Indian journal of veterinary science and animal husbandry - Volume 4,
Year: 1934
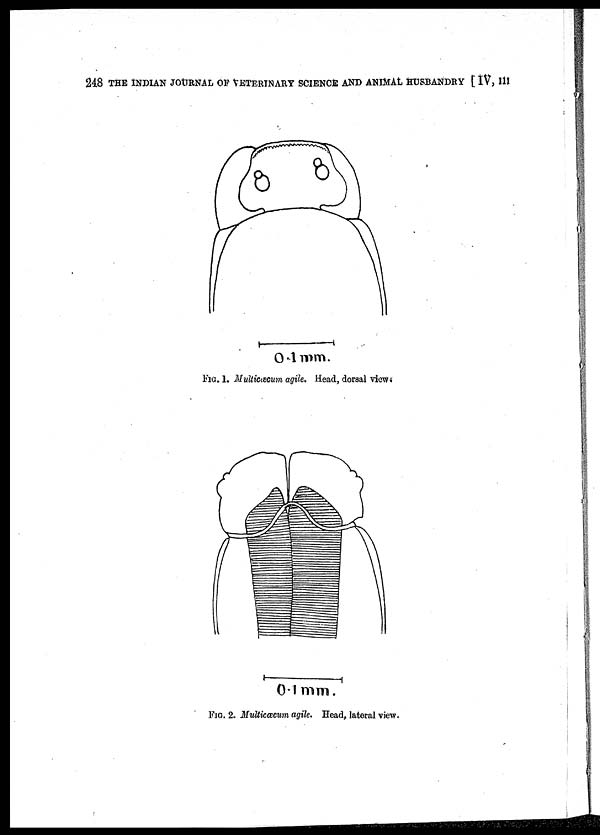
248 THE INDIAN JOURNAL OF VETERINARY SCIENCE AND ANIMAL HUSBANDRY [ IV, III
FIG. 1. Multicæcum agile. Head, dorsal view.
FIG. 2. Multicæcum agile. Head, lateral view.